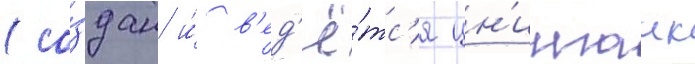
(со́здан и́ в'ед'ё́тс'я цн'иигаик